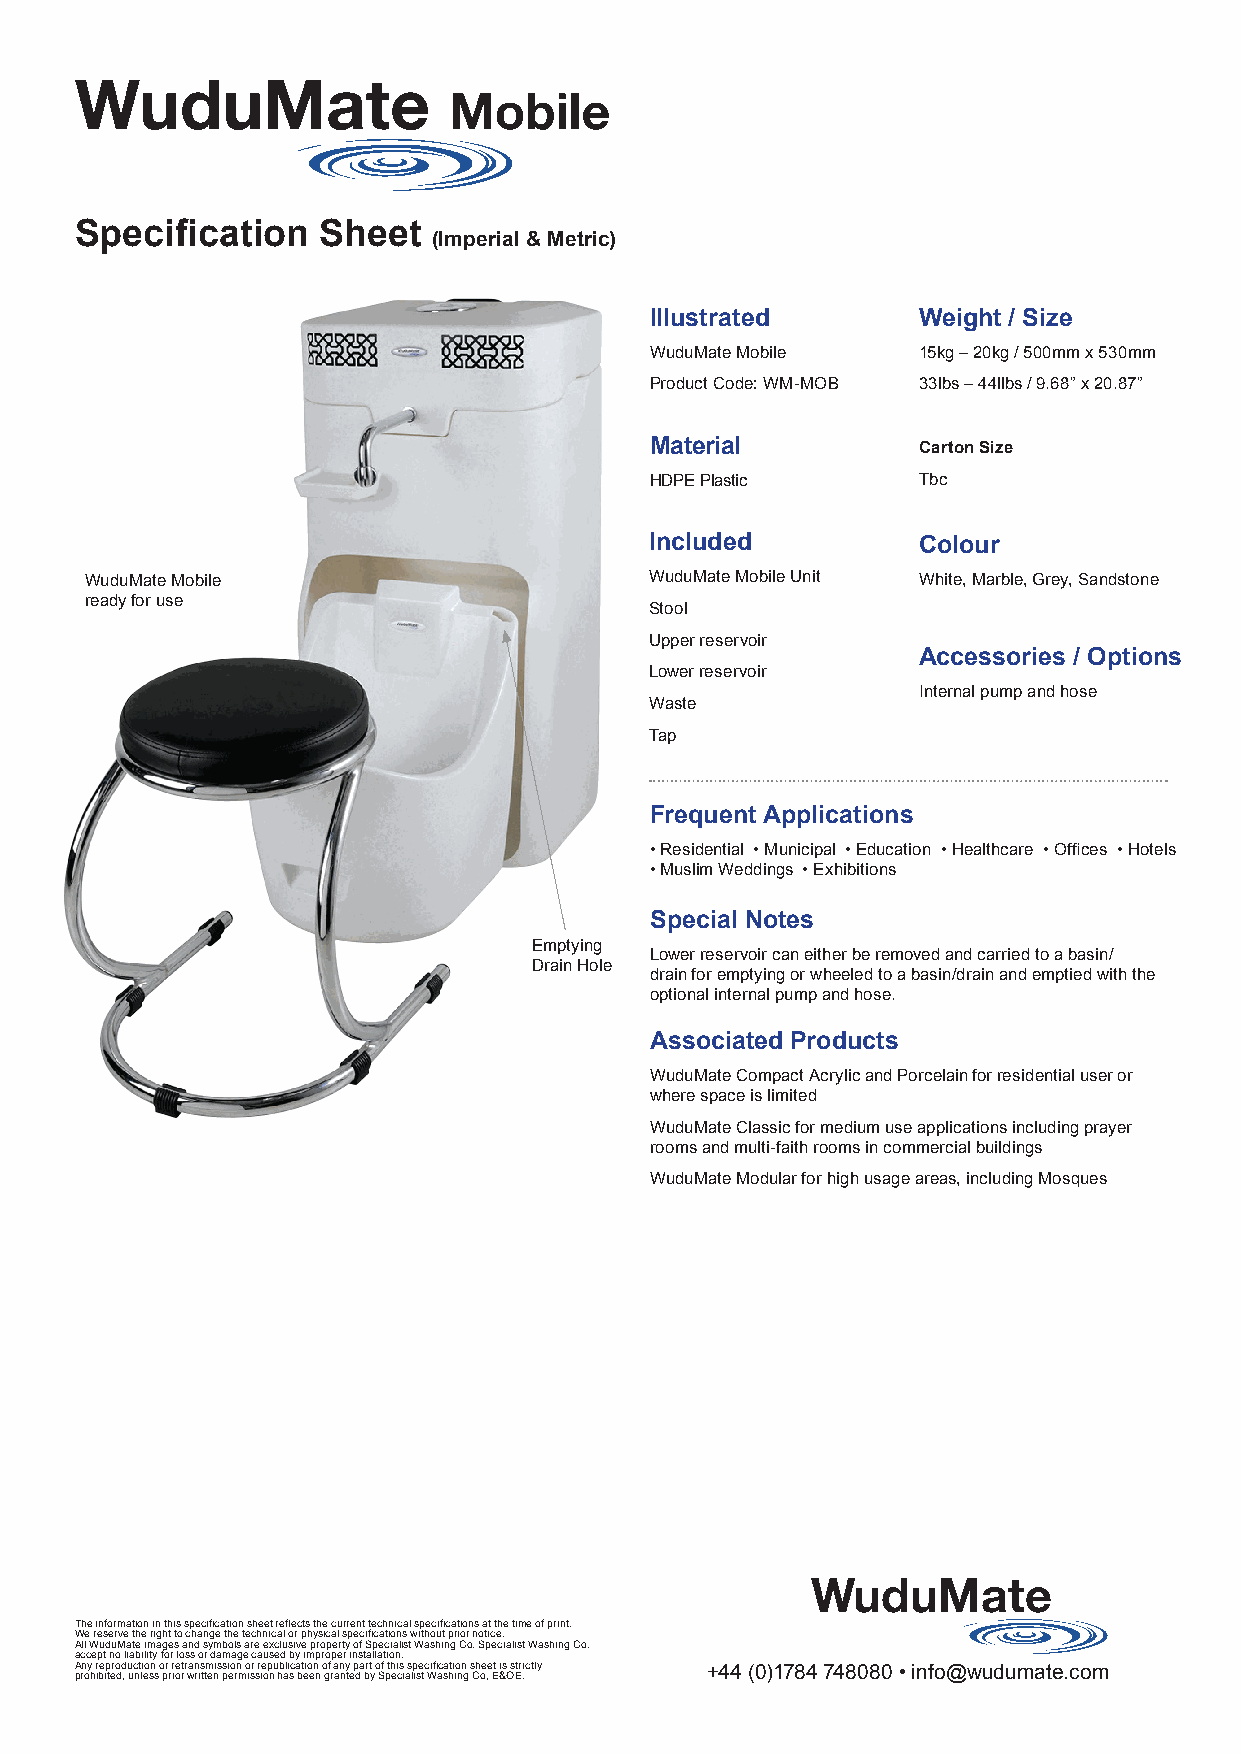
WuduMate
 Mobile
 Specification   Sheet
 (Imperial & Metric)
 Illustrated       Weight / Size
 WuduMate Mobile   15kg – 20kg / 500mm x 530mm
 Product Code: WM-MOB 33lbs – 44llbs / 9.68” x 20.87”
 Material          Carton Size
 HDPE Plastic      Tbc
 Included          Colour
 WuduMate Mobile                      WuduMate Mobile Unit White, Marble, Grey, Sandstone
 ready for use
 Stool
 Upper reservoir
 Accessories / Options
 Lower reservoir
 Internal pump and hose
 Waste
 Tap
 Frequent Applications
 • Residential • Municipal • Education • Healthcare • Offices • Hotels
 • Muslim Weddings • Exhibitions
 Special Notes
 Emptying
 Lower reservoir can either be removed and carried to a basin/
 Drain Hole
 drain for emptying or wheeled to a basin/drain and emptied with the
 optional internal pump and hose.
 Associated Products
 WuduMate Compact Acrylic and Porcelain for residential user or
 where space is limited
 WuduMate Classic for medium use applications including prayer
 rooms and multi-faith rooms in commercial buildings
 WuduMate Modular for high usage areas, including Mosques
 WuduMate
 The information in this specification sheet reflects the current technical specifications at the time of print.
 We reserve the right to change the technical or physical specifications without prior notice.
 All WuduMate images and symbols are exclusive property of Specialist Washing Co. Specialist Washing Co.
 accept no liability for loss or damage caused by improper installation.
 Any reproduction or retransmission or republication of any part of this specification sheet is strictly +44 (0)1784 748080 • info@wudumate.com
 prohibited, unless prior written permission has been granted by Specialist Washing Co, E&OE.